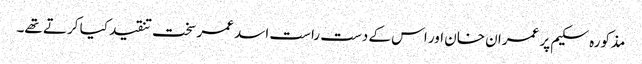
مذکورہ سکیم پر عمران خان اور اس کے دست راست اسد عمر سخت تنقید کیا کرتے تھے۔